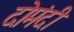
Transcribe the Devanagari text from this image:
दोमंदी